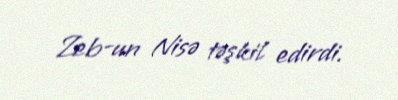
Zeb-un Nisə təşkil edirdi.